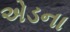
એડના